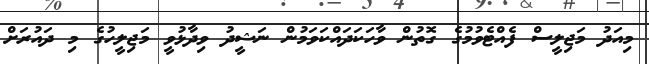
މިއަދު މަޖިލީސް ފެއްޓެވުމުގެ ގޮތުން ވާހަކަދައްކަވަމުން ނަޝީދު ވިދާޅުވީ މަޖިލީހުގެ މި ދައުރަށް